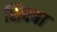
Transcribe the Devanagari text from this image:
शिवबा